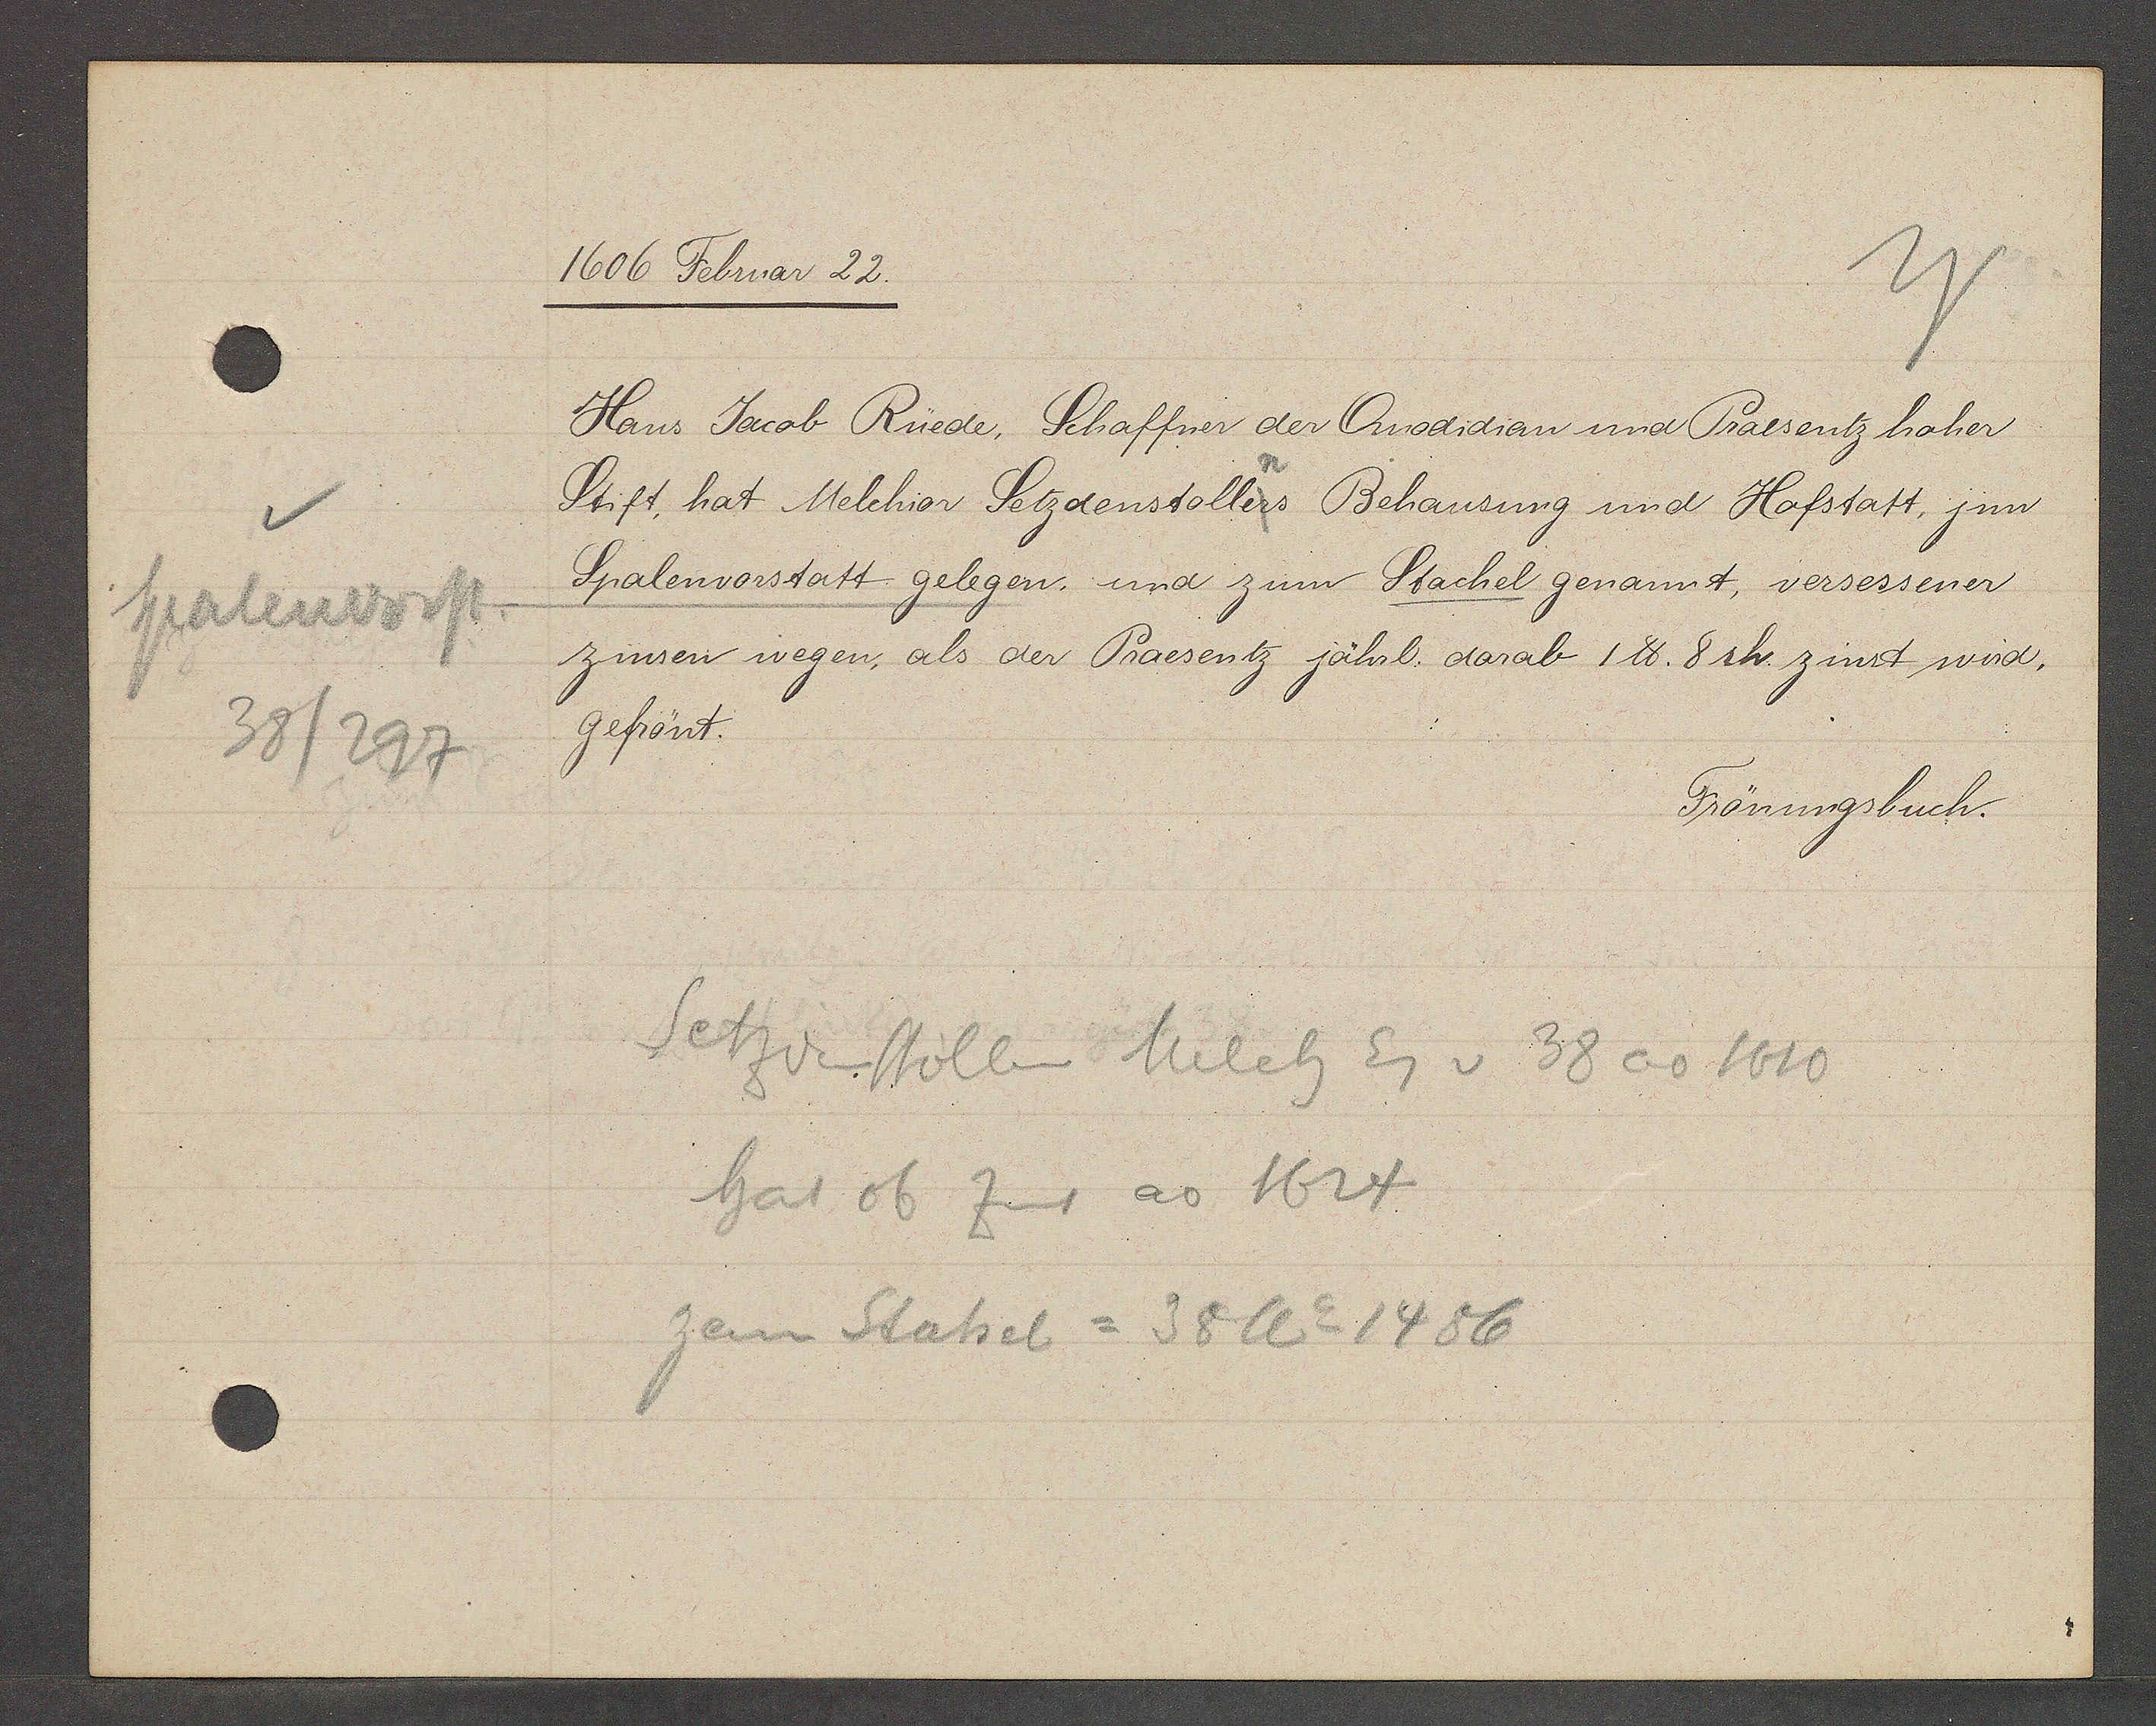
Transcript:
Spalenvorst
38/297

1606 Februar 22.

Haus Jacob Rüede, Schaffner der Quodidian und Praesentz hoher
Stift, hat Melchior Setzdenstollers Behausung und Hofstatt, jnn
Spalenvorstatt gelegen, und zum Stachel genannt, versessener
zinsen wegen, als der Praesentz jährl. darab 1 ℔. 8 sh. zinst wird,
gefrönt.

Setzerstöllin Melch Eg v 38 ao 1610
hat ob Zins ao 1624
zem Stahel = 38 Ao 1486

Frönungsbuch.